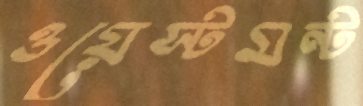
ওয়েস্টমন্ট